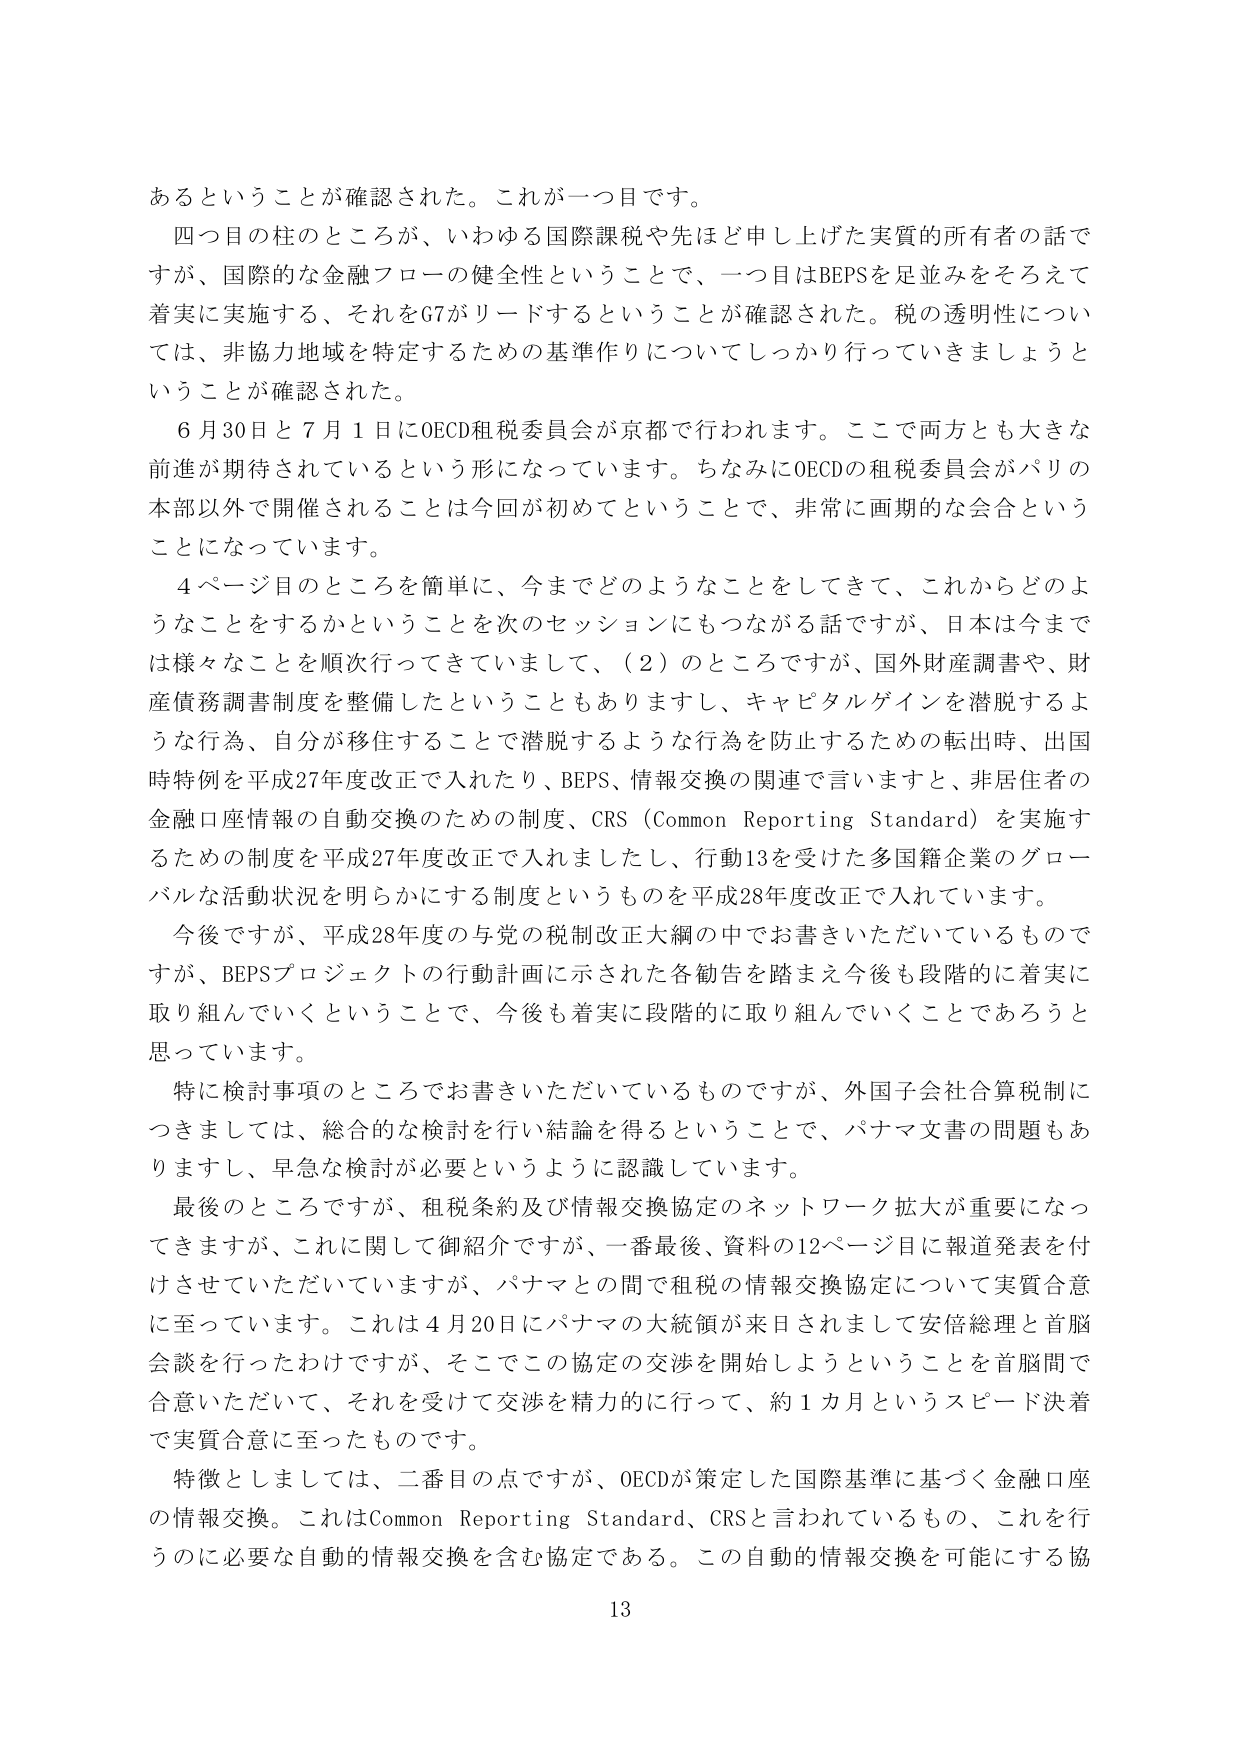
あるということが確認された。これが一つ目です。

四つ目の柱のところが、いわゆる国際課税や先ほど申し上げた実質的所有者の話ですが、国際的な金融フローの健全性ということで、一つ目はBEPSを足並みをそろえて着実に実施する、それをG7がリードするということが確認された。税の透明性については、非協力地域を特定するための基準作りについてしっかり行っていきましょうということが確認された。

6月30日と7月1日にOECD租税委員会が京都で行われます。ここで両方とも大きな前進が期待されているという形になっています。ちなみにOECDの租税委員会がパリの本部以外で開催されることは今回が初めてということで、非常に画期的な会合ということになっています。

4ページ目のところを簡単に、今までどのようなことををしてきて、これからどのようなことをするかということを次のセッションにもつながる話ですが、日本は今までは様々なことを順次行ってきていますし、（2）のところですが、国外財産調書や、財産債務調書制度を整備したということもありますし、キャピタルゲインを潜脱するような行為、自分が移住することで潜脱するような行為を防止するための転出時、出国時特例を平成27年度改正で入れたり、BEPS、情報交換の関連で言いますと、非居住者の金融口座情報の自動交換のための制度、CRS（Common Reporting Standard）を実施するための制度を平成27年度改正で入れましたし、行動13を受けた多国籍企業のグローバルな活動状況を明らかにする制度というものを平成28年度改正で入れています。

今後ですが、平成28年度の与党の税制改正大綱の中でお書きいただいているものですが、BEPSプロジェクトの行動計画に示された各勧告を踏まえ今後も段階的に着実に取り組んでいくということで、今後も着実に段階的に取り組んでいくことであろうと思っています。

特に検討事項のところでお書きいただいているものですが、外国子会社合算税制につきましては、総合的な検討を行い結論を得るということで、パナマ文書の問題もありますし、早急な検討が必要というように認識しています。

最後のところですが、租税条約及び情報交換協定のネットワーク拡大が重要になってきますが、これに関して御紹介ですが、一番最後、資料の12ページ目に報道発表を付けてさせていただいていますが、パナマとの間で租税の情報交換協定について実質合意に至っています。これは4月20日にパナマの大統領が来日されまして安倍総理と首脳会談を行ったわけですが、そこでこの協定の交渉を開始しようということを首脳間で合意いただいて、それを受けて交渉を精力的に行って、約1カ月というスピード決着で実質合意に至ったものです。

特徴としましては、二番目の点ですが、OECDが策定した国際基準に基づく金融口座の情報交換。これはCommon Reporting Standard、CRSと言われているもの、これを行うのに必要な自動的情報交換を含む協定である。この自動的情報交換を可能にする協

13